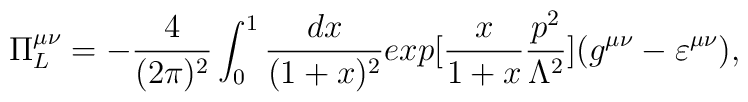
\Pi^{\mu\nu}_L=-\frac{4}{(2\pi)^2}\int_0^1\frac{dx}{(1+x)^2}exp[\frac{x}{1+x}\frac{p^2}{\Lambda^2}](g^{\mu\nu}-\varepsilon^{\mu\nu}),